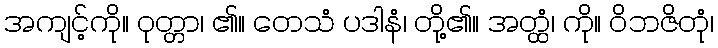
အကျင့်ကို။ ဝုတ္တာ၊ ၏။ တေသံ ပဒါနံ၊ တို့၏။ အတ္ထံ၊ ကို။ ဝိဘဇိတုံ၊